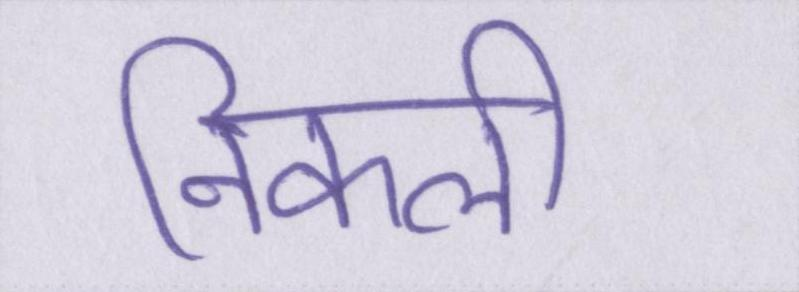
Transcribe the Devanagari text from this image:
निकली